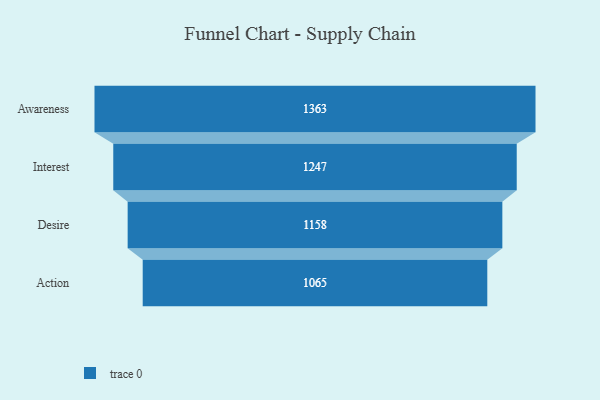
{"axis": {"x": "Stage", "y": "Value"}, "legend": [""], "data": [{"x": "Awareness", "y": 1363.0, "type": ""}, {"x": "Interest", "y": 1247.0, "type": ""}, {"x": "Desire", "y": 1158.0, "type": ""}, {"x": "Action", "y": 1065.0, "type": ""}]}